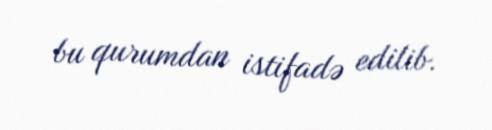
bu qurumdan istifadə edilib.